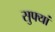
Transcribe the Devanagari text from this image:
सुफ्यां